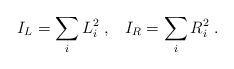
LaTeX: \begin{align*}I_{L}=\sum_{i}L_{i}^{2}\;,\;\;\;I_{R}=\sum_{i}R_{i}^{2}\;.\end{align*}